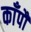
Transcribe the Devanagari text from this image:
काँपौ